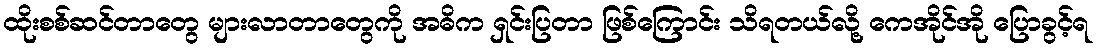
ထိုးစစ်ဆင်တာတွေ များလာတာတွေကို အဓိက ရှင်းပြတာ ဖြစ်ကြောင်း သိရတယ်လို့ ကေအိုင်အို ပြောခွင့်ရ